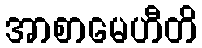
အာစာမေဟီတိ